system: You are a helpful assistant.
user:
Analyze the provided spectrum to determine if it is a **Carbon Star (C-type)**.

- **Key Visual Indicators of Carbon Star:**
    - **(Primary):** Strong molecular absorption from **C₂ (diatomic carbon) "Swan Bands."** This is the **defining feature** of a carbon star.
        - **(Key Bandheads):** Sharp absorption edges are visible at approximately $5635$ Å, $5165$ Å (the strongest band), and $4737$ Å.
        - **(Line Profile):** Creates a distinct **"saw-tooth"** pattern. The key morphology is a sharp, steep bandhead on the **red (long-wavelength) side**, which then gradually tapers off (i.e., flux recovers) towards the **blue (short-wavelength) side**. *(This is the direct opposite of the TiO bands seen in M-type stars)*.

    - **(Secondary):** Intense **CN (cyanogen)** molecular absorption bands.
        - **(Key Bandheads):** Located in the blue and violet regions of the spectrum (e.g., near $4215$ Å and $3883$ Å).
        - **(Morphology):** These bands are extremely broad and act as a "blanket," absorbing the vast majority of blue and violet light. This creates a characteristic **"cliff"** or **"steep drop-off"** in the spectrum's flux at short wavelengths.

    - **(Key Confirmation):** Strong **CH absorption band (G-band)**.
        - **(Key Bandhead):** Located around $4300$ Å. The contribution from CH molecules to this band is exceptionally strong.

    - **(Overall Spectrum):**
        - The continuum is severely "chopped up" by these deep molecular bands, especially C₂, rather than appearing as a smooth curve.
        - Due to the heavy CN and C₂ absorption in the blue-green, the vast majority of the star's flux is concentrated in the red part of the spectrum, giving the star its characteristic deep red color.

Think first, call **spectral_visualization_tool** if needed to examine features in detail, then provide your final answer. Your response must adhere to the following strict rules:
1.  **Overall Structure:** Your response must follow the format `<think>...</think> <tool_call>...</tool_call> (if a tool is used) <answer>...</answer>`.
2.  **Tool Usage Constraint:** You may only make **one** tool call per turn.
3.  **Final Answer Format:** In the `<answer>` tag, your conclusion must be inside a `\boxed{}` command (e.g., `\boxed{YES}`), followed by your justification.

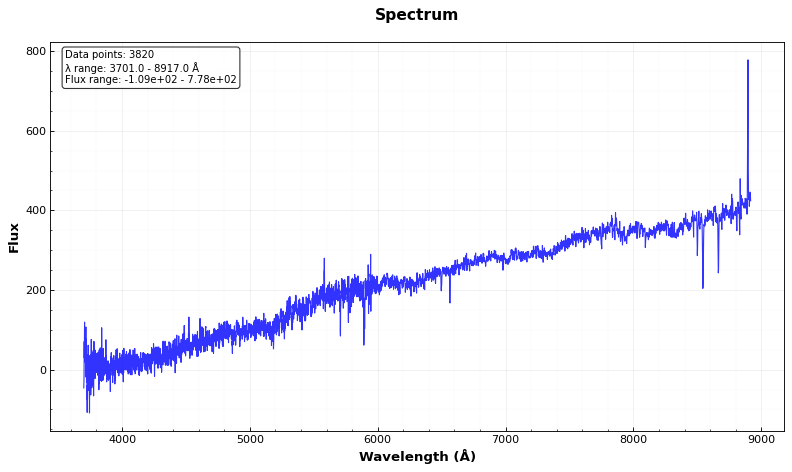
Answer: NO